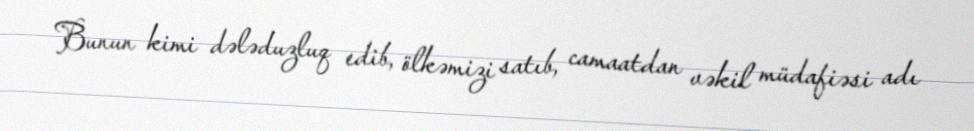
Bunun kimi dələduzluq edib, ölkəmizi satıb, camaatdan vəkil müdafiəsi adı